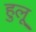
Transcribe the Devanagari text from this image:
हुलू